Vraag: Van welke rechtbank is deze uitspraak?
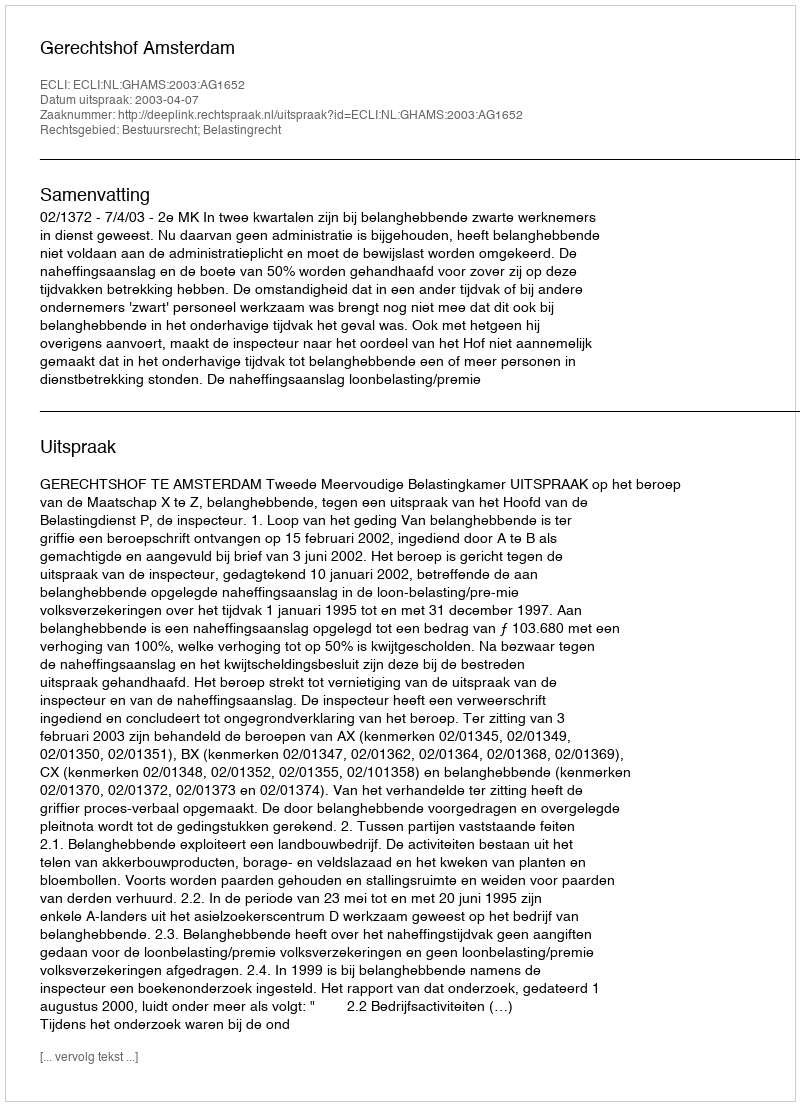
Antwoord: Gerechtshof Amsterdam